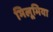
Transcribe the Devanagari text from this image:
भिलूमिया